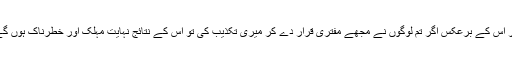
اور اس کے برعکس اگر تم لوگوں نے مجھے مفتری قرار دے کر میری تکذیب کی تو اس کے نتائج نہایت مہلک اور خطرناک ہوں گے۔